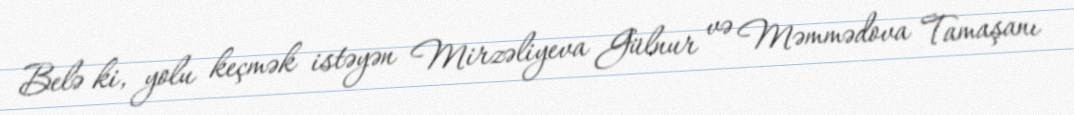
Belə ki, yolu keçmək istəyən Mirzəliyeva Gülnur və Məmmədova Tamaşanı